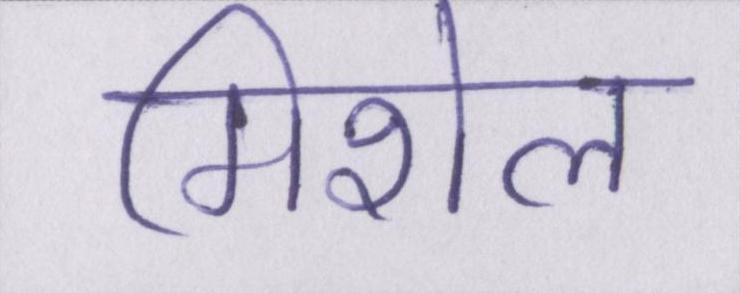
मिशेल